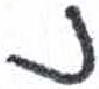
אות: נ